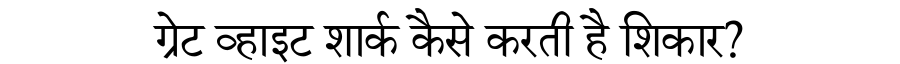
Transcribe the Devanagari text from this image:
ग्रेट व्हाइट शार्क कैसे करती है शिकार?